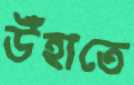
উঁহাতে